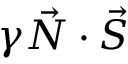
\gamma \vec { N } \cdot \vec { S }